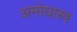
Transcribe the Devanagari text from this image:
अमोघास्त्र